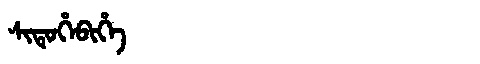
Manchu: ᠰᡳᡨᡠᡥᡝᠪᡳᡥᡝ
Romanization: SITUHEBIHE